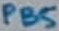
Text: PB5